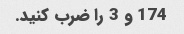
174 و 3 را ضرب کنید.